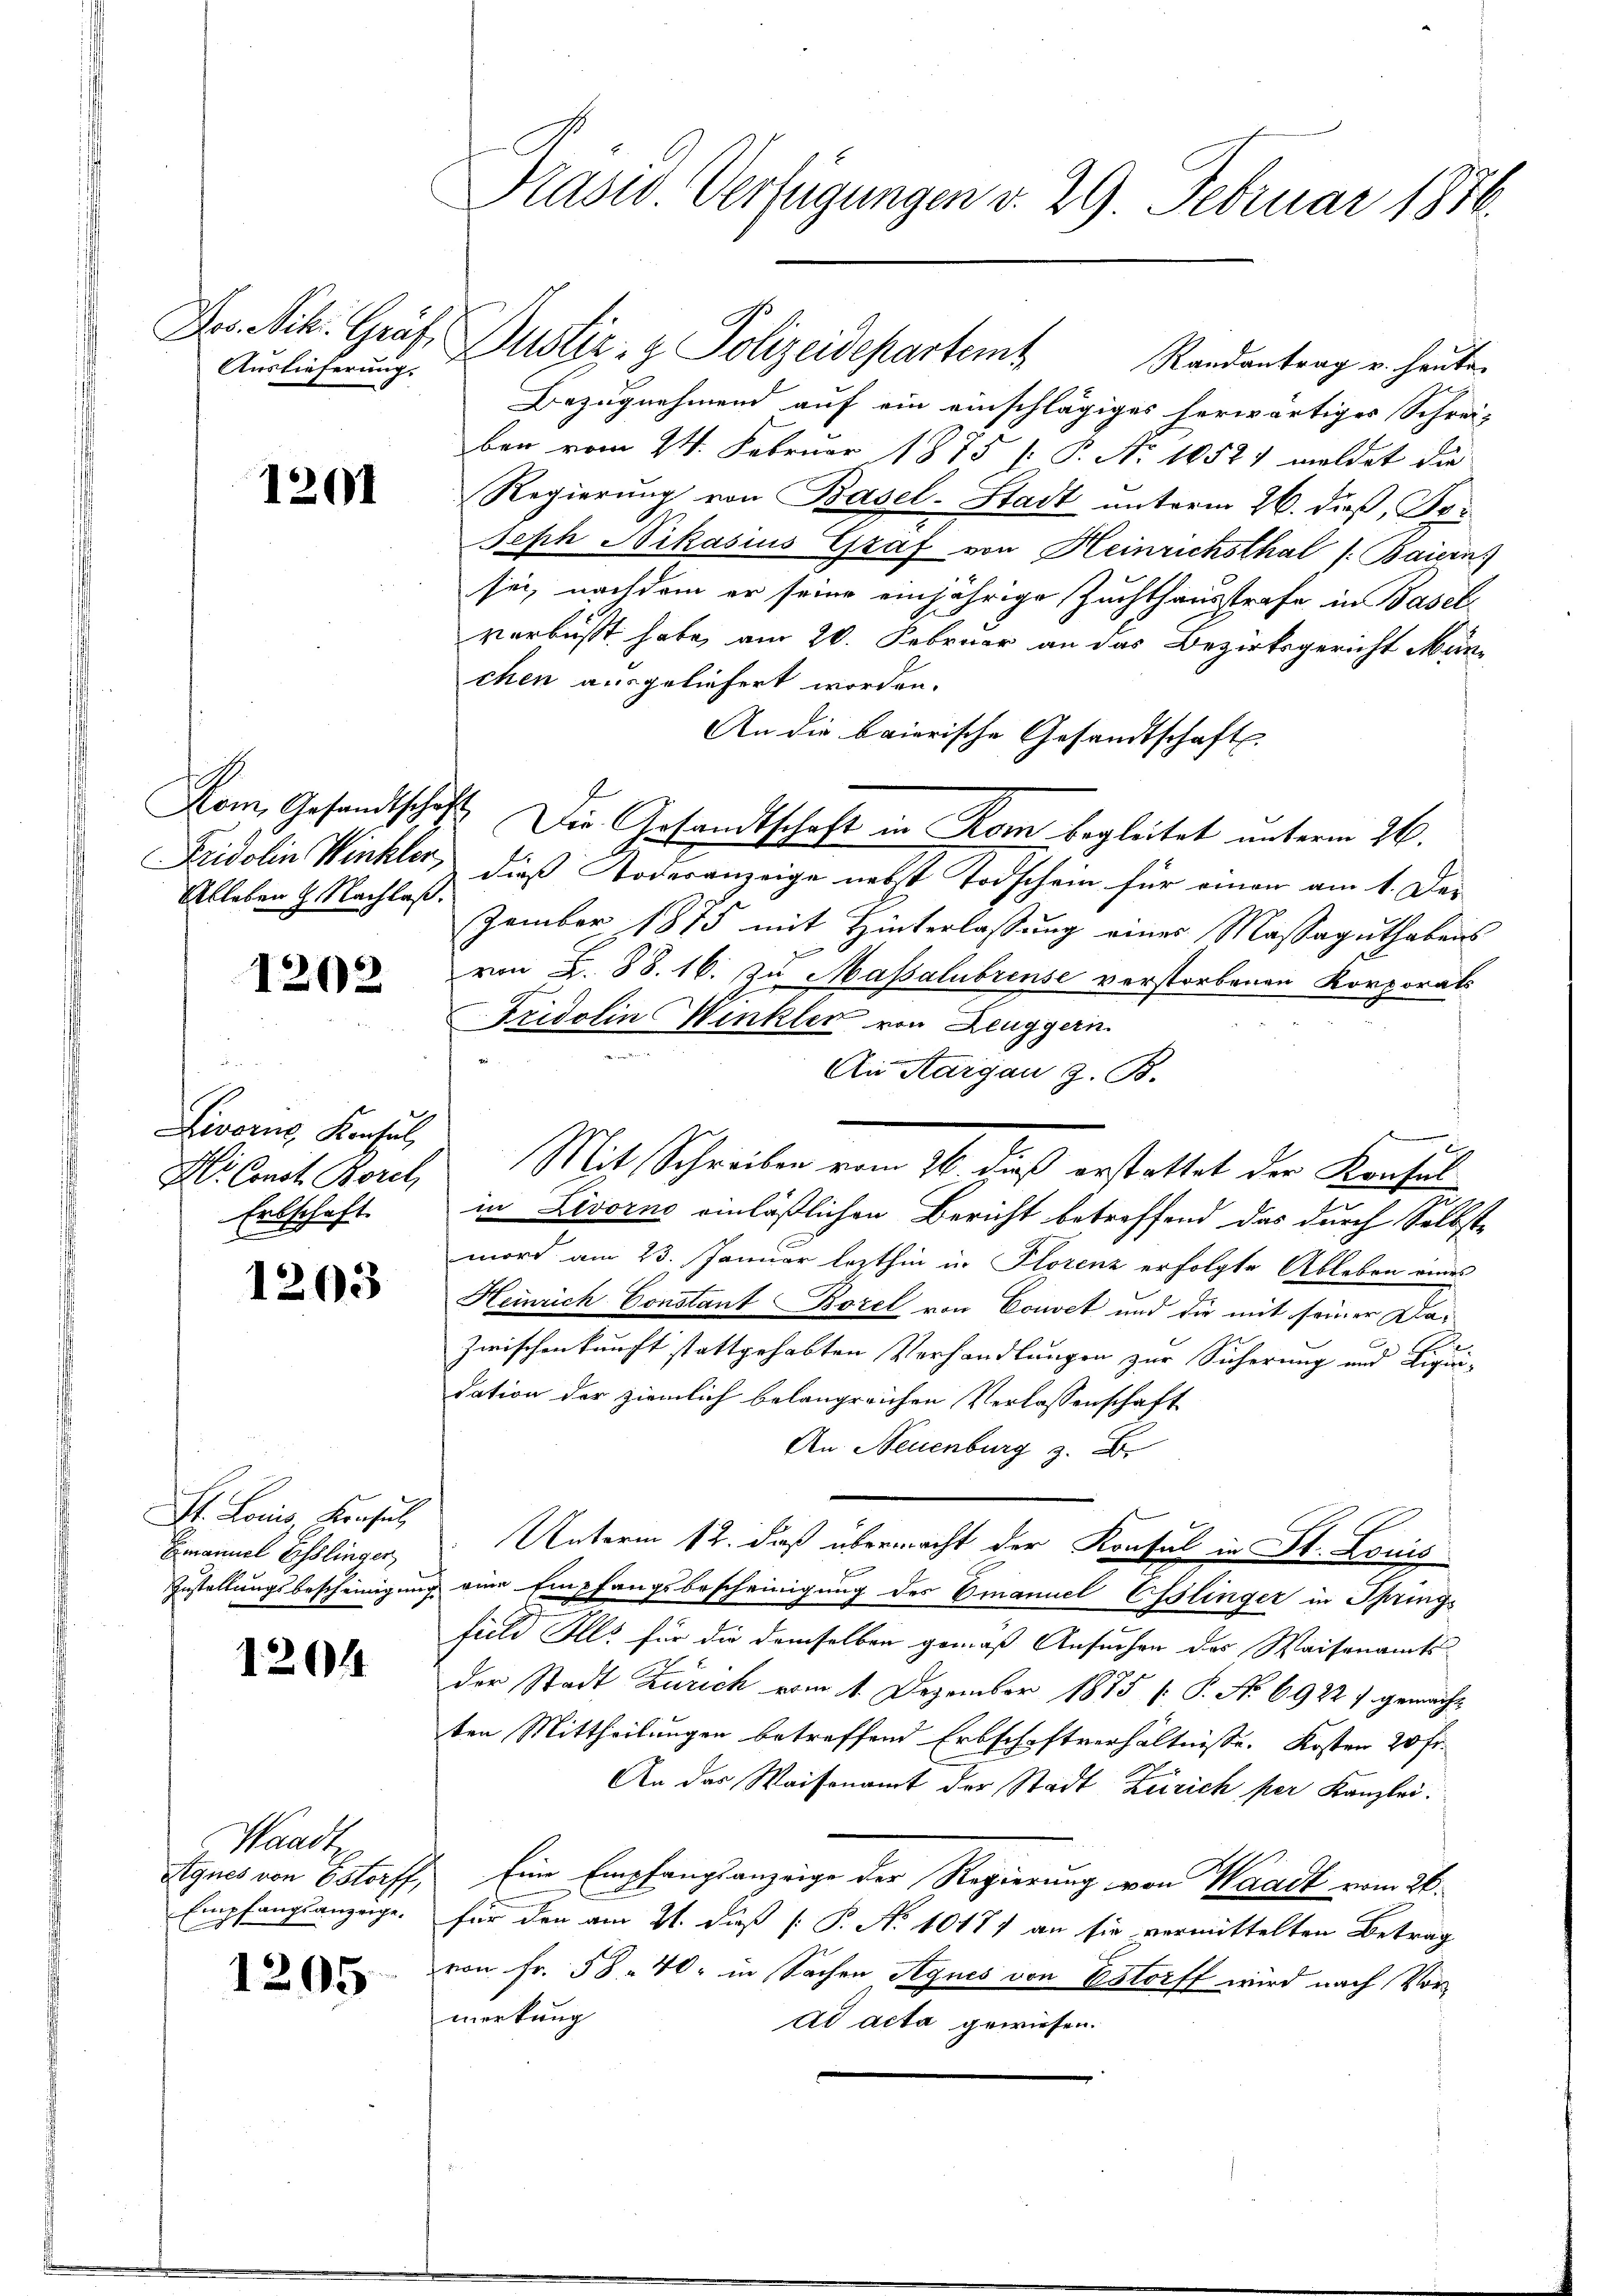
Auslieferung.

1201

Fridolin Winkler,
Ableben 2. Nachlaß.

1202

Livorne Konsul,
Hlr. Const. Borel,
Erbschaft

1203

St. Loris Konsul
Emanuel Esslinger,

1201

Waadt
Agnes von Estorff,
Empfangsanzeige.

1205

Präsid. Verfügungen d. 29. Februar 1886.

Randantrag v. heute
Bezugnehmend auf ein einschlägiges herwärtiges Schrei-
ben vom 24. Februar 1875 [: P. Nr. 1052 meldet die
Regierung von Basel-Stadt unterm 26. dieß, Bri
Seph Nikasius Graf von Heinrichsthal (: Baiern
sei, nachdem er seine einjährige Zuchthausstrafe in Basel
verbüßt habe, am 20. Februar an das Bezirksgericht Mün-
chen ausgeliefert worden.
An die baierische Gesandtschafts-
Kam Gesandtschaft. Die Gesandtschaft in Rom begleitet unterm 26.
dieß Todesanzeige nebst Todschein für einen am 1. Der
zember 1875 mit Hinterlassung eines Massaguthabens
d
von 2. 88. 16. Zu Massalubrinse verstorbenen Korporats
Fridolin Winkler von Zeuggern.
An Aargau z. B.
Mit Schreiben vom 16. dieß erstattet der Konsul
in Livorno einläßlichen Bericht betreffend das durch Selbst-
mord am 23. Januar lezthin in Florenz erfolgte Ableben eines
Heinrich Constant Borel von Convet und die mit seiner Da¬
Zwischenkunft stattgehabten Verhandlungen zur Sicherung und Liqui-
dation der ziemlich belangreichen Verlassenschaft
An Neuenburg z. B.
Unterm 12. daß übermacht der Konsul in St. Louis
Zustellungsbescheinigung eine Empfangsbescheinigung des Emanuel Esslinger in Springs
field Ills für die demselben gemäß Ansuchen das Waisenamts
der Stadt Zürich vom 1. Dezember 1875 [ P. No 6922 f. gemacht
ten Mittheilungen betreffend Erbschaftverhältnisse. Kosten 20 Fr.
An der Waisenamt der Stadt Zürich per Kanzlei.
Eine Empfangsanzeige der Regierung von Waadt vom 26.
für den am 21. dieß P. No 10177 an sie vermittelten Betrag
von Fr. 58. 40, in Sachen Agnes von Estorff wird nach Vormerkung
ad acta gewiesen.

Des Nik. Gräf. Zustiz- & Polizeidepartem